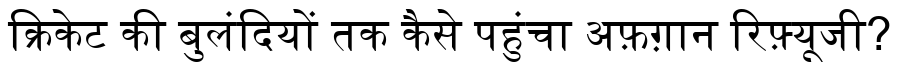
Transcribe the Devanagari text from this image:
क्रिकेट की बुलंदियों तक कैसे पहुंचा अफ़ग़ान रिफ़्यूजी?